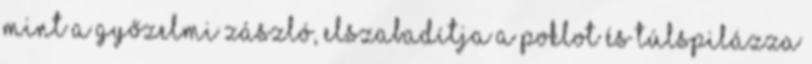
mint a győzelmi zászló, elszabadítja a poklot és túlspilázza